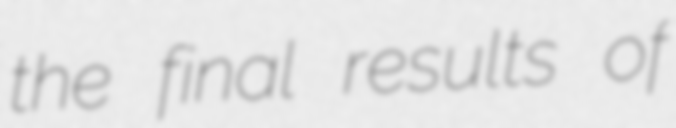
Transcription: the final results of